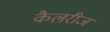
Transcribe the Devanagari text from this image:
कैलरीज